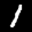
Label: 1